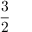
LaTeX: \frac { 3 } { 2 }